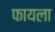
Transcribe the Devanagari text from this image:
फायला